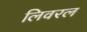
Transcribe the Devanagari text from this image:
लिवरल